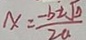
x = \frac { - b \pm \sqrt { 0 } } { 2 a }